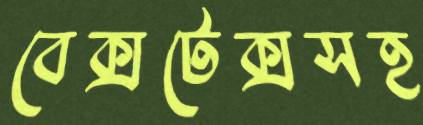
বেক্সটেক্সসহ